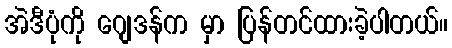
အဲဒီပုံကို ဂျေဒန်က မှာ ပြန်တင်ထားခဲ့ပါတယ်။